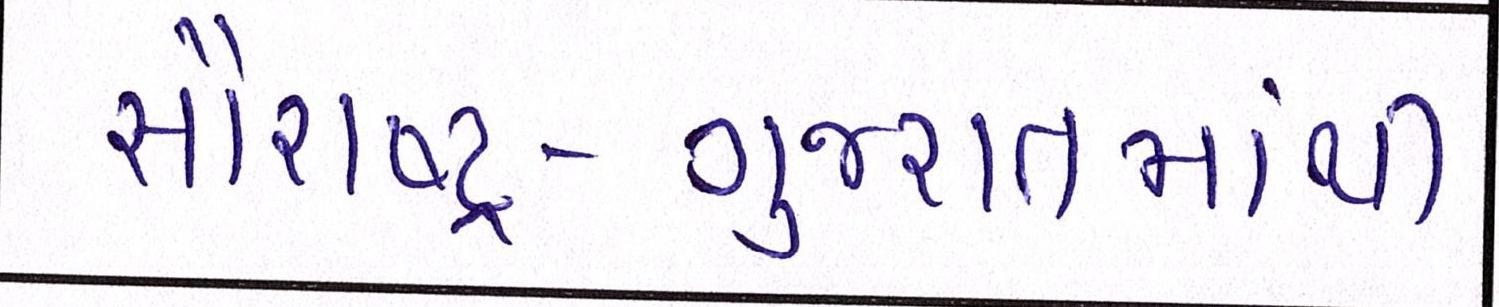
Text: સૌરાષ્ટ્ર-ગુજરાતમાંથી